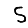
Digit: 5